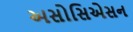
અસોસિએસન